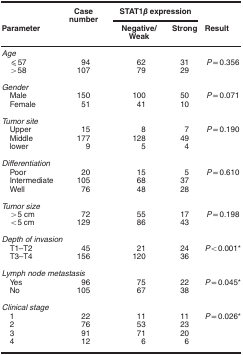
<table><thead><tr><td><b> </b></td><td><b>Case number</b></td><td colspan="2"><b>STAT1<i>β</i>expression</b></td><td><b> </b></td></tr><tr><td><b>Parameter</b></td><td><b> </b></td><td><b>Negative/Weak</b></td><td><b>Strong</b></td><td><b>Result</b></td></tr></thead><tbody><tr><td colspan="5"><i>Age</i></td></tr><tr><td> ⩽57</td><td>94</td><td>62</td><td>31</td><td><i>P</i>=0.356</td></tr><tr><td> &gt;58</td><td>107</td><td>79</td><td>29</td><td> </td></tr><tr><td> </td><td> </td><td> </td><td> </td><td> </td></tr><tr><td colspan="5"><i>Gender</i></td></tr><tr><td> Male</td><td>150</td><td>100</td><td>50</td><td><i>P</i>=0.071</td></tr><tr><td> Female</td><td>51</td><td>41</td><td>10</td><td> </td></tr><tr><td> </td><td> </td><td> </td><td> </td><td> </td></tr><tr><td colspan="5"><i>Tumor site</i></td></tr><tr><td> Upper</td><td>15</td><td>8</td><td>7</td><td><i>P</i>=0.190</td></tr><tr><td> Middle</td><td>177</td><td>128</td><td>49</td><td> </td></tr><tr><td> lower</td><td>9</td><td>5</td><td>4</td><td> </td></tr><tr><td> </td><td> </td><td> </td><td> </td><td> </td></tr><tr><td colspan="5"><i>Differentiation</i></td></tr><tr><td> Poor</td><td>20</td><td>15</td><td>5</td><td><i>P</i>=0.610</td></tr><tr><td> Intermediate</td><td>105</td><td>68</td><td>37</td><td> </td></tr><tr><td> Well</td><td>76</td><td>48</td><td>28</td><td> </td></tr><tr><td> </td><td> </td><td> </td><td> </td><td> </td></tr><tr><td colspan="5"><i>Tumor size</i></td></tr><tr><td> &gt;5 cm</td><td>72</td><td>55</td><td>17</td><td><i>P</i>=0.198</td></tr><tr><td> &lt;5 cm</td><td>129</td><td>86</td><td>43</td><td> </td></tr><tr><td> </td><td> </td><td> </td><td> </td><td> </td></tr><tr><td colspan="5"><i>Depth of invasion</i></td></tr><tr><td> T1–T2</td><td>45</td><td>21</td><td>24</td><td><i>P</i>&lt;0.001*</td></tr><tr><td> T3–T4</td><td>156</td><td>120</td><td>36</td><td> </td></tr><tr><td> </td><td> </td><td> </td><td> </td><td> </td></tr><tr><td colspan="5"><i>Lymph node metastasis</i></td></tr><tr><td> Yes</td><td>96</td><td>75</td><td>22</td><td><i>P</i>=0.045*</td></tr><tr><td> No</td><td>105</td><td>67</td><td>38</td><td> </td></tr><tr><td> </td><td> </td><td> </td><td> </td><td> </td></tr><tr><td colspan="5"><i>Clinical stage</i></td></tr><tr><td> 1</td><td>22</td><td>11</td><td>11</td><td><i>P</i>=0.026*</td></tr><tr><td> 2</td><td>76</td><td>53</td><td>23</td><td> </td></tr><tr><td> 3</td><td>91</td><td>71</td><td>20</td><td> </td></tr><tr><td> 4</td><td>12</td><td>6</td><td>6</td><td> </td></tr></tbody></table>